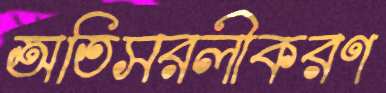
অতিসরলীকরণ